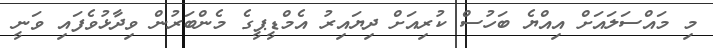
މި މައްސަލައަށް އިއްޔެ ބަހުސް ކުރިއަށް ދިޔައިރު އެމްޑީޕީގެ މެންބަރުން ވިދާޅުވެފައި ވަނީ